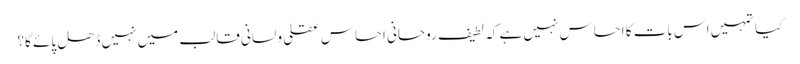
کیا تمہیں اس بات کا احساس نہیں ہے کہ لطیف روحانی احساس عقلی و لسانی قالب میں نہیں ڈھل پائے گا؟